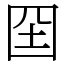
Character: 囶